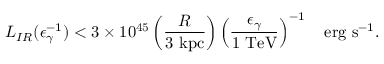
L _ { I R } ( \epsilon _ { \gamma } ^ { - 1 } ) < 3 \times 1 0 ^ { 4 5 } \left( \frac { R } { \mathrm { 3 \ k p c } } \right) \left( \frac { \epsilon _ { \gamma } } { \mathrm { 1 \ T e V } } \right) ^ { - 1 } \ \ \ \mathrm { e r g \ s ^ { - 1 } } .